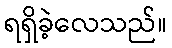
ရရှိခဲ့လေသည်။